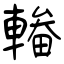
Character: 輽